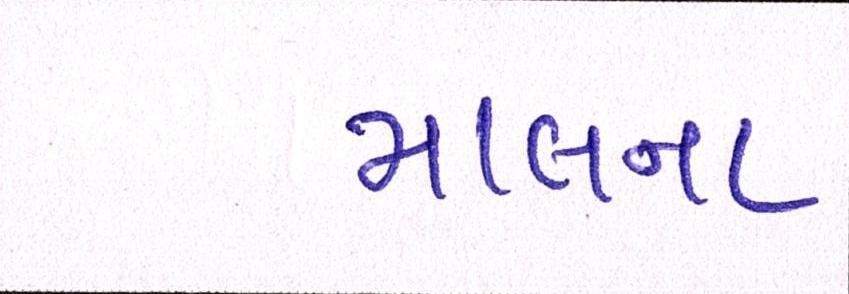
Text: માલના